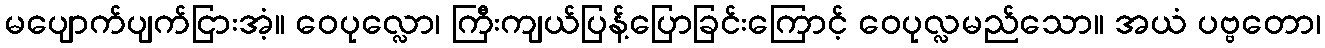
မပျောက်ပျက်ငြားအံ့။ ဝေပုလ္လော၊ ကြီးကျယ်ပြန့်ပြောခြင်းကြောင့် ဝေပုလ္လမည်သော။ အယံ ပဗ္ဗတော၊